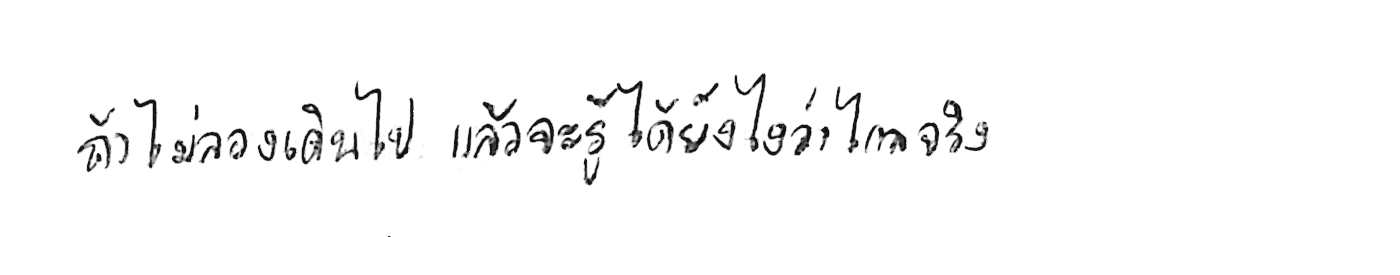
ถ้าไม่ลองเดินไป แล้วจะรู้ได้ยังไงว่าไกลจริง